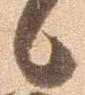
候